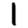
Digit: 1